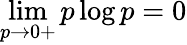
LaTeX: \operatorname*{lim}_{p\rightarrow 0+}p\log p=0